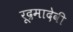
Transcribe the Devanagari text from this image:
रूद्रमादेवी